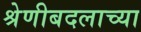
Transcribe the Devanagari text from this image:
श्रेणीबदलाच्या